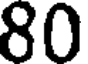
80